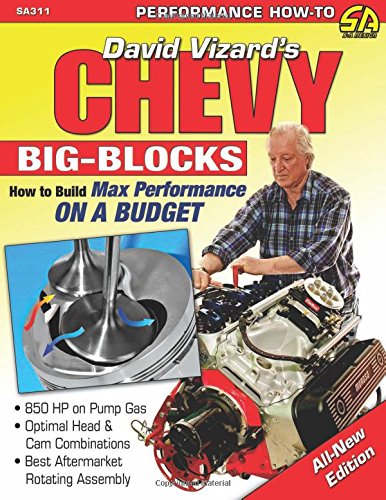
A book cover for Chevy Big-Blocks: How to Build Max Performance on a Budget (Sa Design); David Vizard; Engineering & Transportation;